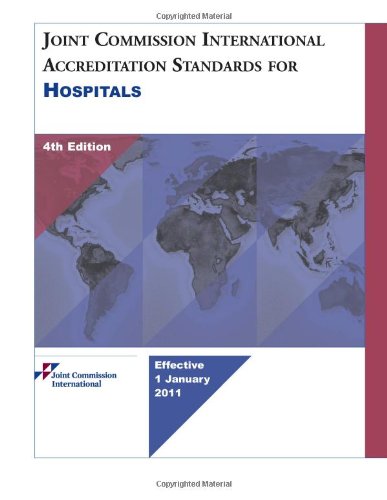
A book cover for Joint Commission International Accreditation Standards for Hospitals, 4th Edition; Joint Commission; Medical Books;